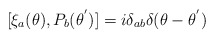
\begin{align*}[{\xi}_a(\theta),P_b({\theta}^{'})]=i{\delta}_{ab}{\delta}(\theta - {\theta}^{'})\end{align*}